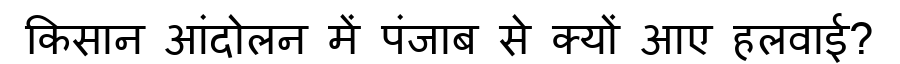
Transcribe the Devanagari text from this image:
किसान आंदोलन में पंजाब से क्यों आए हलवाई?